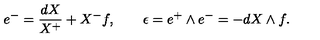
e ^ { - } = \frac { d X } { X ^ { + } } + X ^ { - } f , \qquad \epsilon = e ^ { + } \wedge e ^ { - } = - d X \wedge f .